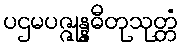
ပဌမပဇ္ဇုန္နဓီတုသုတ္တံ